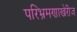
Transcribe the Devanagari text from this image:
परिभ्रमणाखेरीज